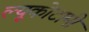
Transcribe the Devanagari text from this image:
ल्यूकोटामी